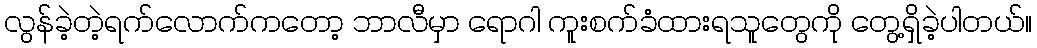
လွန်ခဲ့တဲ့ရက်လောက်ကတော့ ဘာလီမှာ ရောဂါ ကူးစက်ခံထားရသူတွေကို တွေ့ရှိခဲ့ပါတယ်။